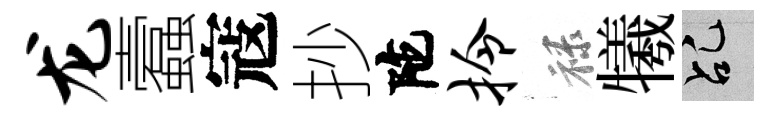
龙蠧寇抄陀拎禄犧乩